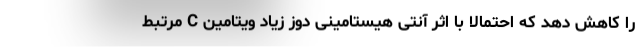
را کاهش دهد که احتمالا با اثر آنتی هیستامینی دوز زیاد ویتامین C مرتبط